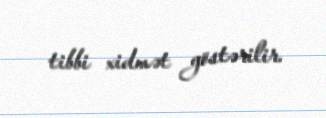
tibbi xidmət göstərilir.